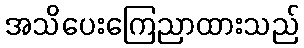
အသိပေးကြေညာထားသည်